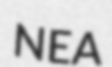
NEA